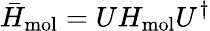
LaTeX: {\bar{H}}_{\mathrm{mol}}=UH_{\mathrm{mol}}U^{\dagger}